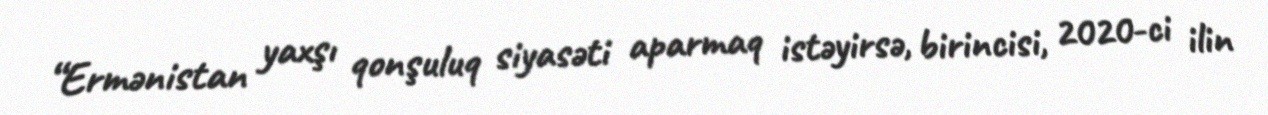
“Ermənistan yaxşı qonşuluq siyasəti aparmaq istəyirsə, birincisi, 2020-ci ilin